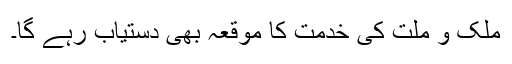
ملک و ملت کی خدمت کا موقعہ بھی دستیاب رہے گا۔